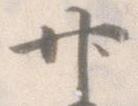
廿